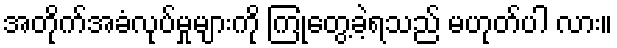
အတိုက်အခံလုပ်မှုများကို ကြုံတွေ့ခဲ့ရသည် မဟုတ်ပါ လား။